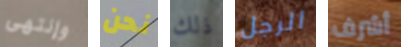
وإنتهى نحن ذلك الرجل أشرف